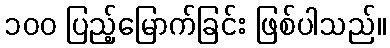
၁၀၀ ပြည့်မြောက်ခြင်း ဖြစ်ပါသည်။